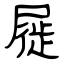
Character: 屣